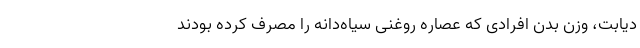
دیابت، وزن بدن افرادی که عصاره روغنی سیاه‌دانه را مصرف کرده بودند